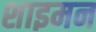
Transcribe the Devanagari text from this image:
शाइमन